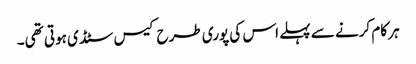
ہر کام کرنے سے پہلے اس کی پوری طرح کیس سٹڈی ہوتی تھی۔